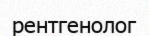
рентгенолог